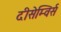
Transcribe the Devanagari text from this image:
दीसेम्विर्स